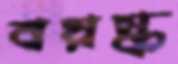
বয়স্ক